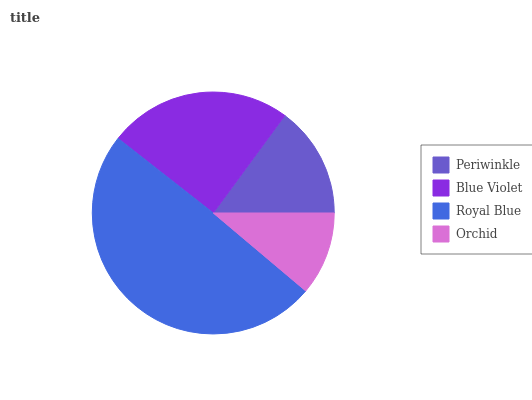
| Periwinkle | Blue Violet | Royal Blue | Orchid |
 | --- | --- | --- | --- |
 | 14.9% | 24.5% | 49.5% | 11.1% |